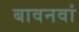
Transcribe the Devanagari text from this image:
बावनवां